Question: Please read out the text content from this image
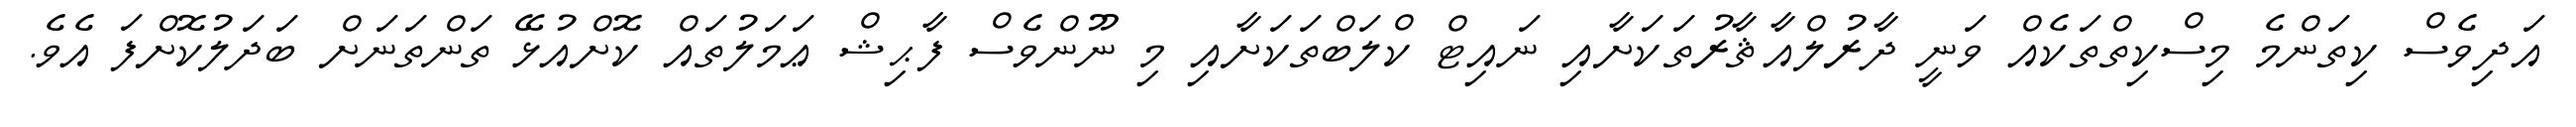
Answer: އަދިވެސް ކިތަންމެ މިސްކިތްތަކެއް ވަނީ ދާރުލްއާޘާރުތަކަށާއި ނައިޓް ކްލަބްތަކަށާއި މި ނޫންވެސް ފާޙިޝް ޢަމަލުތައް ކޮށްއުޅޭ ތަންތަނަށް ބަދަލުކޮށްފަ އެވެ.